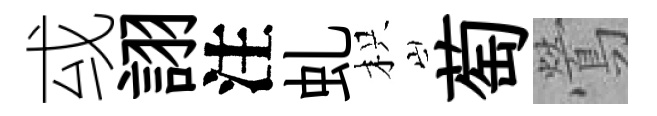
㦯詡注虬枳萄鶯